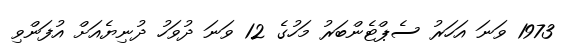
1973 ވަނަ އަހަރު ސެޕްޓެންބަރު މަހުގެ 12 ވަނަ ދުވަހު ދުނިޔެއަށް އުފަންވި